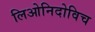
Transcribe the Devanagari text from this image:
लिओनिदोविच